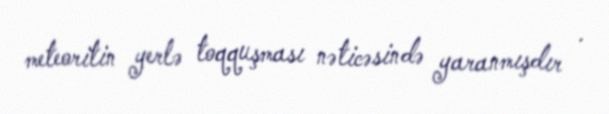
meteoritin yerlə toqquşması nəticəsində yaranmışdır .